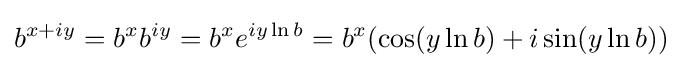
b^{x+iy}=b^{x}b^{iy}=b^{x}e^{iy\ln b}=b^{x}(\cos(y\ln b)+i\sin(y\ln b))